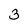
Character: 3